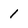
Character: 1